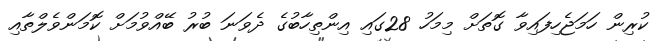
ކުރިން ހަމަޖެހިފައިވާ ގޮތަށް މިމަހު 28ގައި އިންތިހާބުގެ ދެވަނަ ބުރު ބޭއްވުމަށް ކޮމަންވެލްތާއި